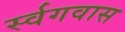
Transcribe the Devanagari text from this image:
र्स्वगवास